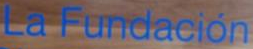
La Fundacion